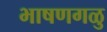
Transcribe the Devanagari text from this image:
भाषणगळु